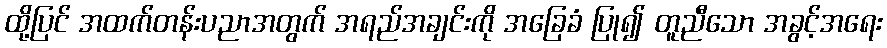
ထို့ပြင် အထက်တန်းပညာအတွက် အရည်အချင်းကို အခြေခံ ပြု၍ တူညီသော အခွင့်အရေး